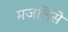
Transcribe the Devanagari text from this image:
मजलिसे